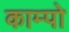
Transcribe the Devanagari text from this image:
काम्पो